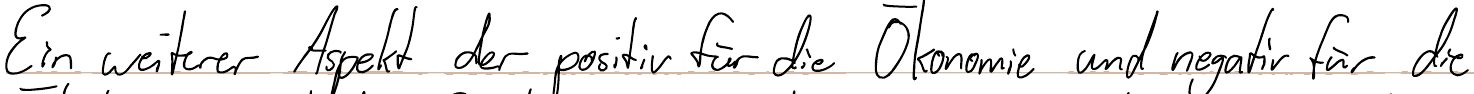
Ein weiterer Aspekt der positiv für die Ökonomie und negativ für die